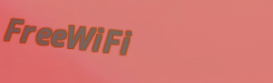
FreeWiFi